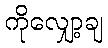
ကိုလျှော့ချ